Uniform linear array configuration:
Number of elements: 32
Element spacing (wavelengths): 0.75
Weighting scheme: hann
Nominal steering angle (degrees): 0
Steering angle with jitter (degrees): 0.6462
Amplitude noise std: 0.05
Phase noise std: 0.05

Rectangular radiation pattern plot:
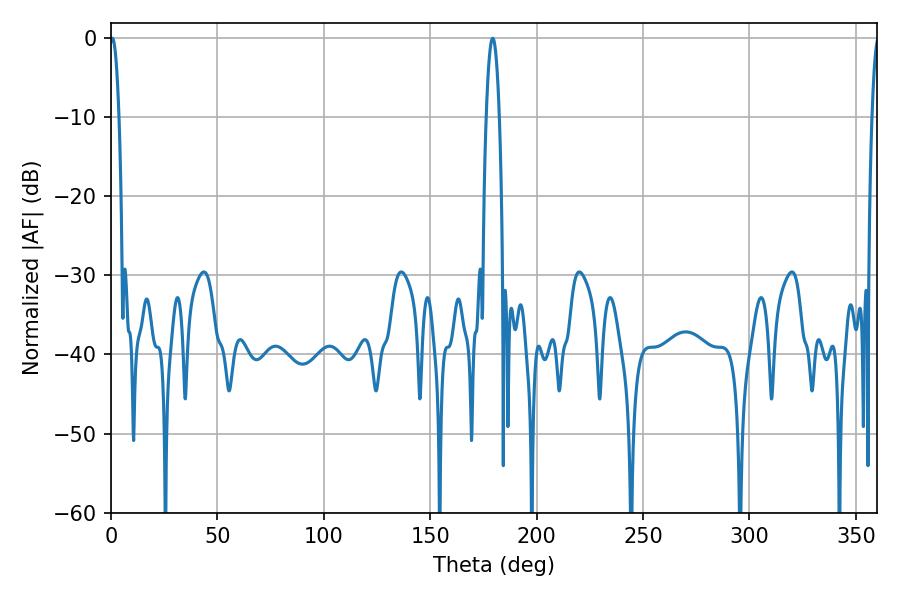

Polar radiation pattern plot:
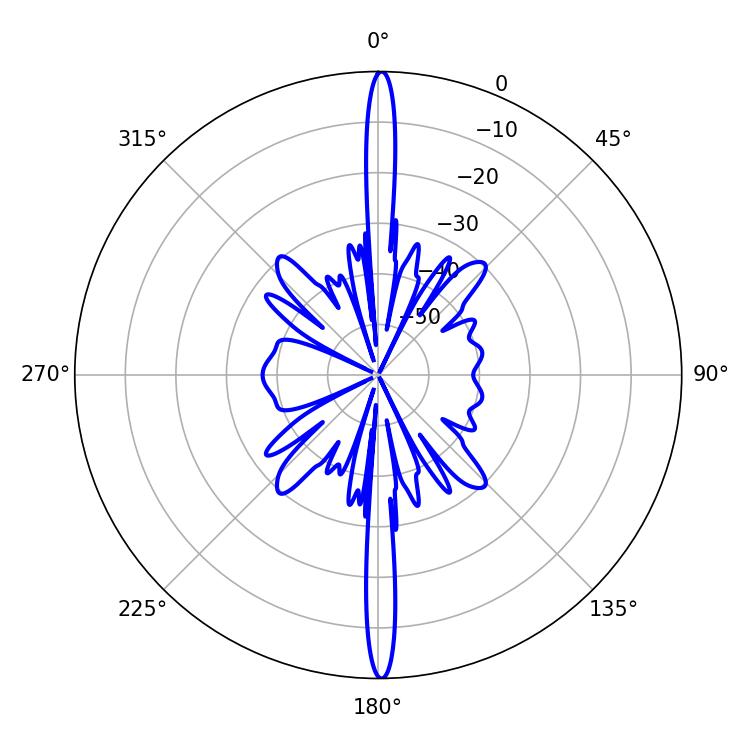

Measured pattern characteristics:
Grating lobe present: TRUE
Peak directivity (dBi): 31.48
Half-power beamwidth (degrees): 3.42
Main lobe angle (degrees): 179.28